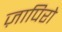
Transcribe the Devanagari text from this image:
ज़ापिरो